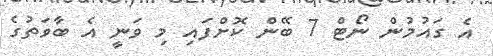
އެ ގައުމުން ނޯޓް 7 ބޭން ކޮށްފައި މި ވަނީ އެ ބާވަތުގެ